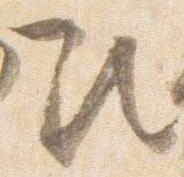
次